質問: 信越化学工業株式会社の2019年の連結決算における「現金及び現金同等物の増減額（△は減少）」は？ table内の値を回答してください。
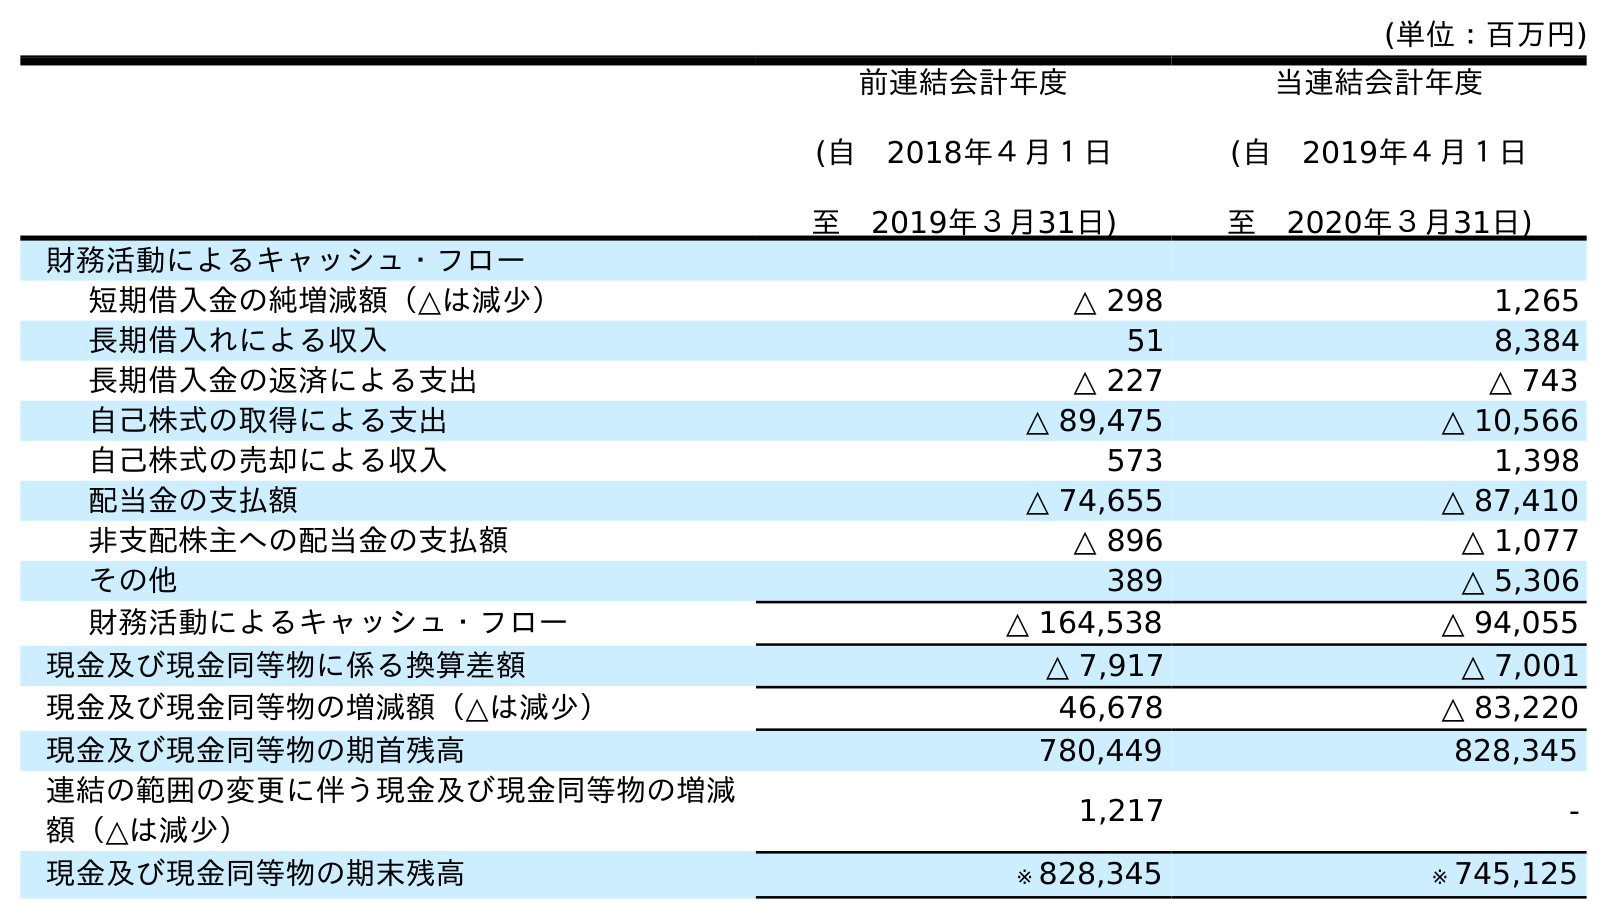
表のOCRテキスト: (単位：百万円) 前連結会計年度 (自 2018年４月１日 至 2019年３月31日) 当連結会計年度 (自 2019年４月１日 至 2020年３月31日) 財務活動によるキャッシュ・フロー 短期借入金の純増減額（△は減少） △ 298 1,265 長期借入れによる収入 51 8,384 長期借入金の返済による支出 △ 227 △ 743 自己株式の取得による支出 △ 89,475 △ 10,566 自己株式の売却による収入 573 1,398 配当金の支払額 △ 74,655 △ 87,410 非支配株主への配当金の支払額 △ 896 △ 1,077 その他 389 △ 5,306 財務活動によるキャッシュ・フロー △ 164,538 △ 94,055 現金及び現金同等物に係る換算差額 △ 7,917 △ 7,001 現金及び現金同等物の増減額（△は減少） 46,678 △ 83,220 現金及び現金同等物の期首残高 780,449 828,345 連結の範囲の変更に伴う現金及び現金同等物の増減 額（△は減少） 1,217 - 現金及び現金同等物の期末残高 ※ 828,345 ※ 745,125
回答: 46,678